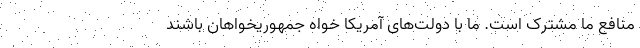
منافع ما مشترک است. ما با دولت‌های آمریکا خواه جمهوریخواهان باشند